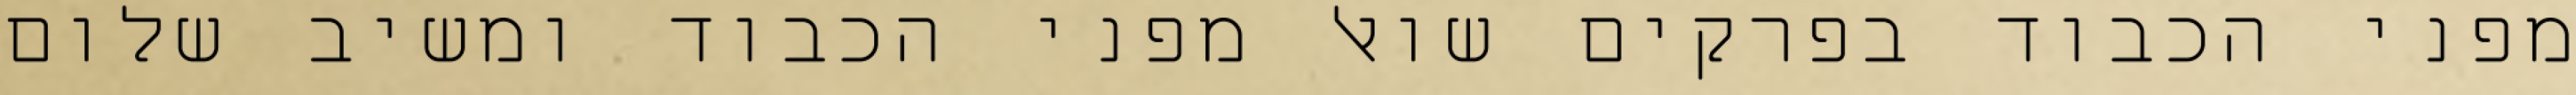
מפני הכבוד בפרקים שואל מפני הכבוד ומשיב שלום